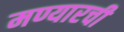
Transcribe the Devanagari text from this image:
मण्यारची